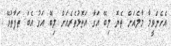
އެހެންވީމާ މާލެއަށް ތެޔޮ ލިބޭ އަގާ އަތޮޅުތެރެއަށް ލިބޭ އަގު އެބަ ތަފާތުވޭ.